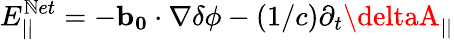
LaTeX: E_{||}^{\mathbb{N}et}=-\mathbf{{b_{0}}}\cdot\nabla\delta\phi-\left(1/c\right)\partial_{t}\deltaA_{||}